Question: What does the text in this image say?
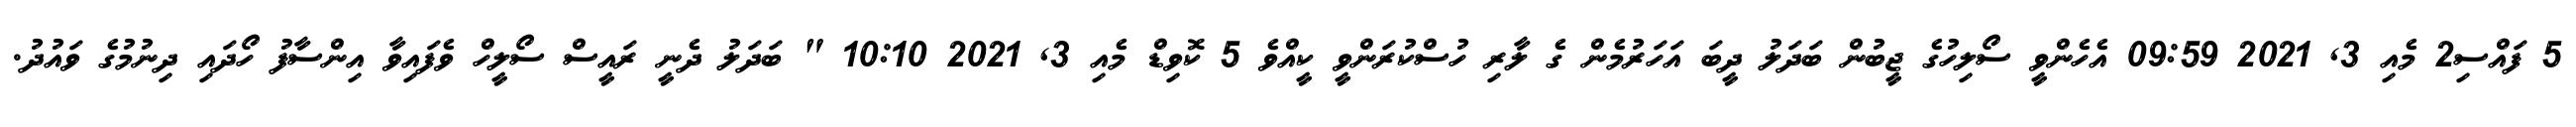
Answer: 5 ފައްސި2 މެއި 3, 2021 09:59 އެހެންވީ ސޯލިހުގެ ޖީބުން ބަދަލު ދީބަ އަހަރުމެން ގެ ލާރި ހުސްކުރަންވީ ކީއްވެ 5 ކޮވިޑް މެއި 3, 2021 10:10 " ބަދަލު ދެނީ ރައީސް ސޯލީހް ވެފައިވާ އިންސާފު ހޯދައި ދިނުމުގެ ވައުދު.